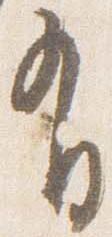
有